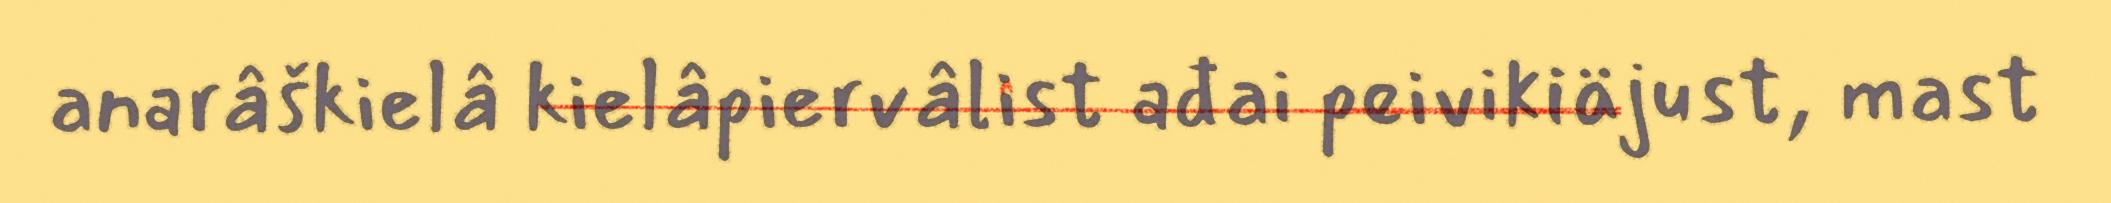
anarâškielâ kielâpiervâlist ađai peivikiäjust, mast